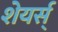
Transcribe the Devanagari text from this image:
शेयर्स्